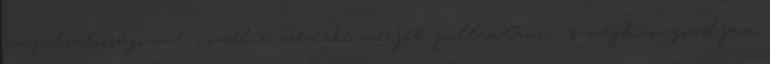
magabiztosságomat, ismét a szemébe merjek pillantani - s megbizonyosodjam